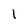
Character: l